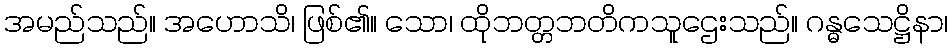
အမည်သည်။ အဟောသိ၊ ဖြစ်၏။ သော၊ ထိုဘတ္တဘတိကသူဌေးသည်။ ဂန္ဓသေဋ္ဌိနာ၊